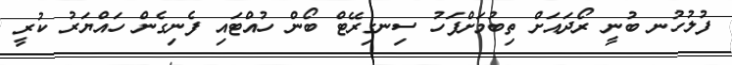
ފުލުހުނ ބުނީ ރޯދައަށް ތިބުމަށްފަހު ސިނގިރޭޓް ބޯން ހުއްޓައި ފެނިގެން ހައްޔަރު ކުރީ